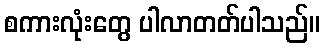
စကားလုံးတွေ ပါလာတတ်ပါသည်။